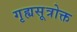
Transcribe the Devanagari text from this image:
गृह्यसूत्रोक्त